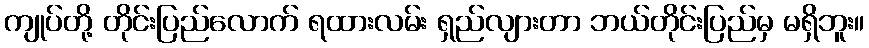
ကျုပ်တို့ တိုင်းပြည်လောက် ရထားလမ်း ရှည်လျားတာ ဘယ်တိုင်းပြည်မှ မရှိဘူး။